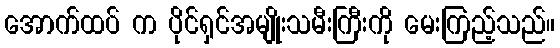
အောက်ထပ် က ပိုင်ရှင်အမျိုးသမီးကြီးကို မေးကြည့်သည်။